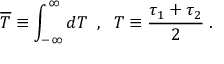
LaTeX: \overline { { { T } } } \equiv \int _ { - \infty } ^ { \infty } d T \; \; , \; \; T \equiv \frac { \tau _ { 1 } + \tau _ { 2 } } 2 \; .